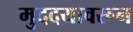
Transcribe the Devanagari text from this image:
मुददयावरून